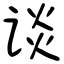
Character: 谈